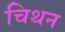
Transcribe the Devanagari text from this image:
चिथन